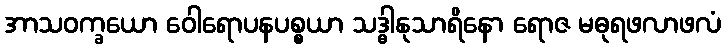
အာသဝက္ခယော ဝေါရောပနပစ္စယာ သဒ္ဓါနုသာရိနော ရောဇ မဓုရဖလာဖလံ